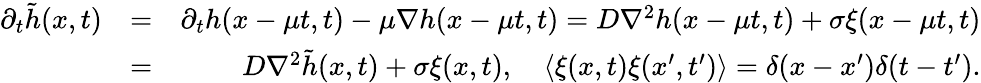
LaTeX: \begin{array}{rlr}{\partial_{t}\tilde{h}(x,t)}&{=}&{\partial_{t}h(x-\mu t,t)-\mu\nabla h(x-\mu t,t)=D\nabla^{2}h(x-\mu t,t)+\sigma\xi(x-\mu t,t)}\\ &{=}&{D\nabla^{2}\tilde{h}(x,t)+\sigma{\xi}(x,t),\quad\left<\xi(x,t)\xi(x^{\prime},t^{\prime})\right>=\delta(x-x^{\prime})\delta(t-t^{\prime}).}\end{array}